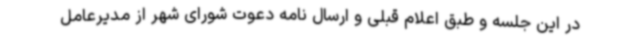
در این جلسه و طبق اعلام قبلی و ارسال نامه دعوت شورای شهر از مدیرعامل